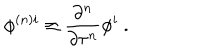
LaTeX: \phi ^ { { ( n ) } i } \equiv \frac { \partial ^ { n } } { \partial \tau ^ { n } } \phi ^ { i } \ .